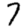
Digit: 7